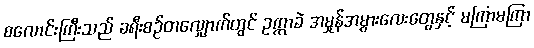
စလောင်းကြီးသည် ခရီးစဉ်တလျှောက်တွင် ဥက္ကာခဲ အမှုန်အမွှားလေးတွေနှင့် မကြာမကြာ